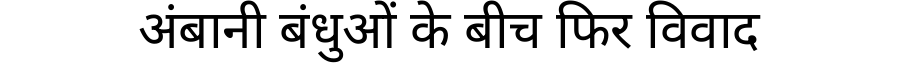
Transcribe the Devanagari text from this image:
अंबानी बंधुओं के बीच फिर विवाद